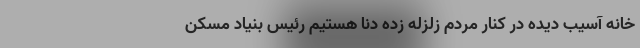
خانه آسیب‌ دیده در کنار مردم زلزله‌ زده دنا هستیم رئیس بنیاد مسکن